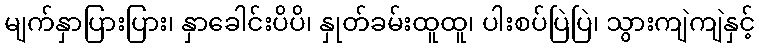
မျက်နှာပြားပြား၊ နှာခေါင်းပိပိ၊ နှုတ်ခမ်းထူထူ၊ ပါးစပ်ပြဲပြဲ၊ သွားကျဲကျဲနှင့်